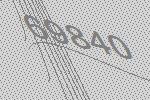
69840